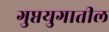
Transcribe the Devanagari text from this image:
गुप्तयुगातील